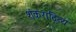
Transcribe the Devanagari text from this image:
शंकरादित्य